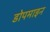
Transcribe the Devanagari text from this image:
डोपमाइन